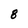
Character: 8